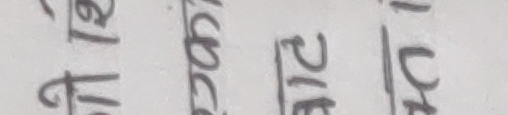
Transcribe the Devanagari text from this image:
फ ङ २ दु